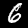
Label: 6